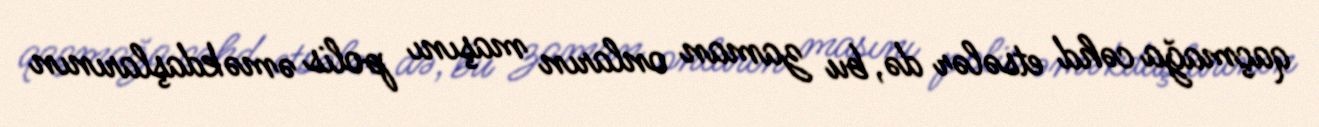
qaçmağa cəhd etsələr də, bu zaman onların maşını polis əməkdaşlarının